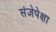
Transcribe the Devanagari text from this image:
संज्ञेपेक्षा